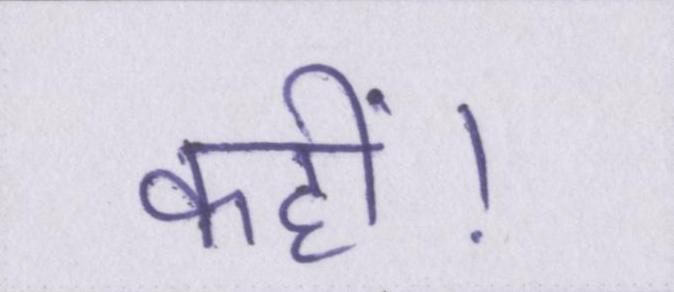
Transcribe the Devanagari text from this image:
कहीं।